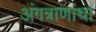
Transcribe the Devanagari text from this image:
अंगत्राणांचा